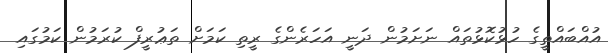
އުއްބައްތީގެ ހުޅުކޮޅުތައް ނަށަމުން ދަނީ އަހަރެންގެ ރީތި ކަމަށް ތަޢުރީފް ކުރަމުން ކަމުގައި